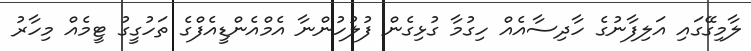
ލާމިގޭގައި އަލިފާނުގެ ހާދިސާއެއް ހިގުމާ ގުޅިގެން ފުލުހުންނާ އެމްއެންޑީއެފްގެ ތަހުގީގު ޓީމެއް މިހާރު